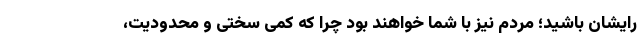
رایشان باشید؛ مردم نیز با شما خواهند بود چرا که کمی سختی و محدودیت،